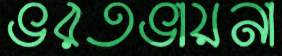
ভরতভায়না